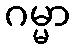
ဂမ္မာ